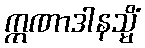
ဣဏာဒါနသ္မိံ